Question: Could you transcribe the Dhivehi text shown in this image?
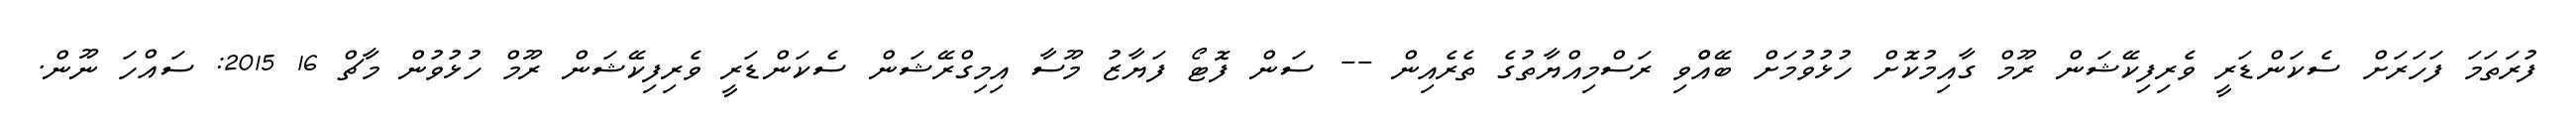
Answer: ފުރަތަމަ ފަހަރަށް ސެކަންޑަރީ ވެރިފިކޭޝަން ރޫމް ގާއިމުކޮށް ހުޅުވުމަށް ބޭއްްވި ރަސްމިއްޔާތުގެ ތެރެއިން -- ސަން ފޮޓޯ ފަޔާޒު މޫސާ އިމިގްރޭޝަން ސެކަންޑަރީ ވެރިފިކޭޝަން ރޫމް ހުޅުވުން މާޗް 16 2015: ސައްހަ ނޫން.